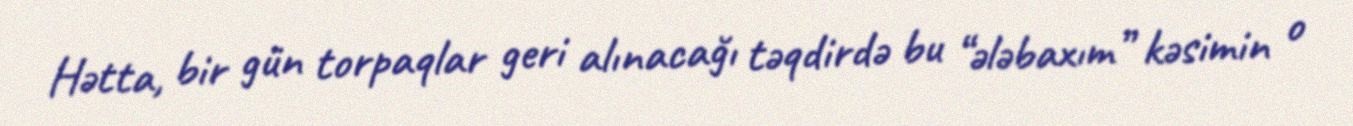
Hətta, bir gün torpaqlar geri alınacağı təqdirdə bu “ələbaxım” kəsimin o